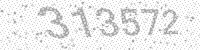
Solution: 313572